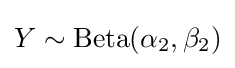
Y\sim {\text{Beta}}(\alpha _{2},\beta _{2})